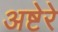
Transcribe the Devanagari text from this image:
अष्टेरे